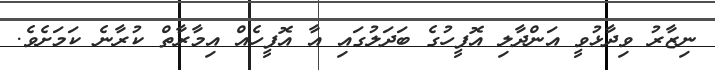
ނިޒާރު ވިދާޅުވީ އަންދާލި އޮފީހުގެ ބަދަލުގައި އާ އޮފީހެއް އިމާރާތް ކުރާނެ ކަމަށެވެ.